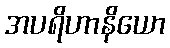
အပရိဟာနိယော